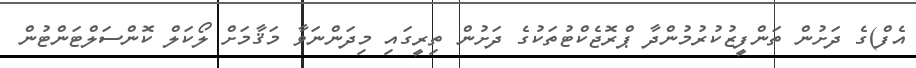
އެފް)ގެ ދަށުން ތަންފީޒުކުރުމުންދާ ޕްރޮޖެކްޓުތަކުގެ ދަށުން ތިރީގައި މިދަންނަވާ މަޤާމަށް ލޯކަލް ކޮންސަލްޓަންޓުން